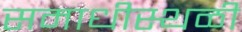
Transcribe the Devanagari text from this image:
समाधीस्थळी